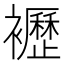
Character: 𧞿